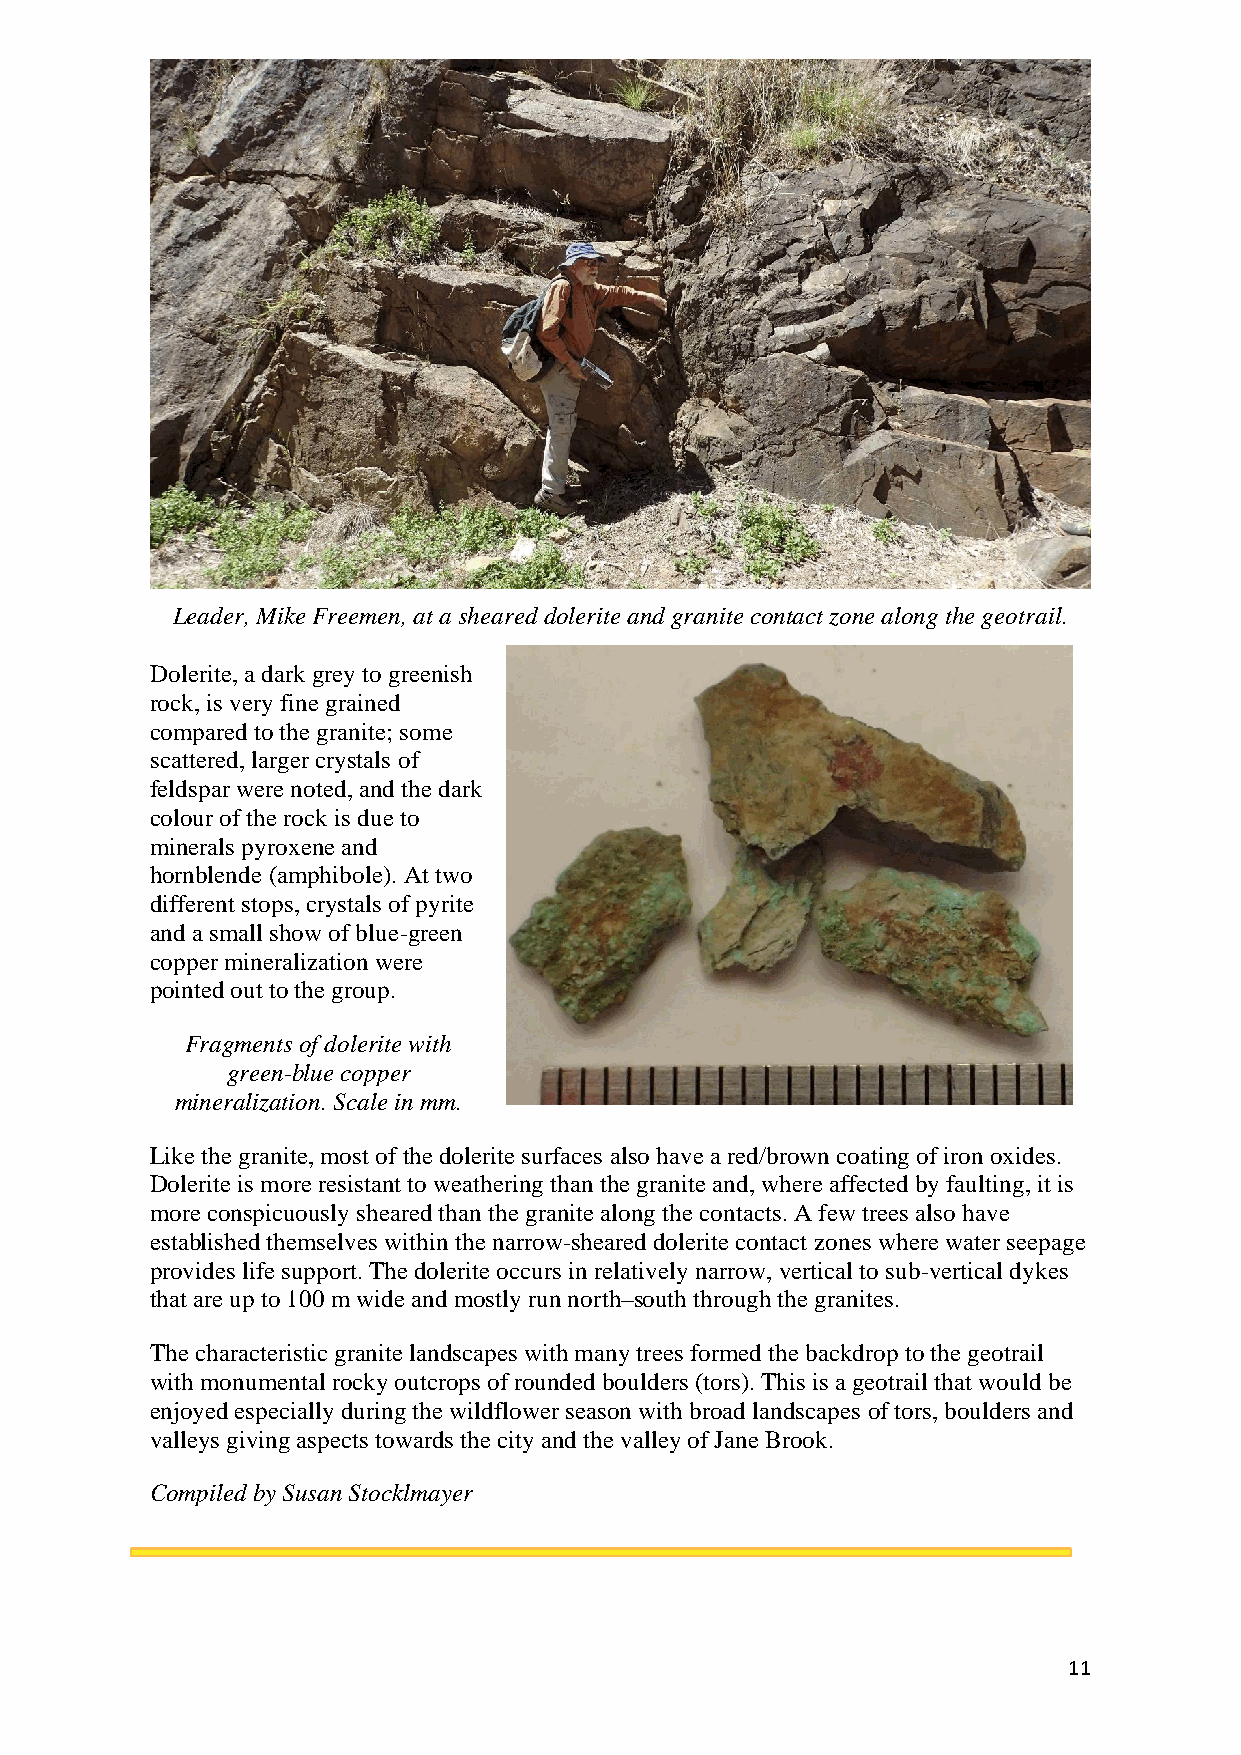
Leader, Mike Freemen, at a sheared dolerite and granite contact zone along the geotrail.
 Dolerite, a dark grey to greenish
 rock, is very fine grained
 compared to the granite; some
 scattered, larger crystals of
 feldspar were noted, and the dark
 colour of the rock is due to
 minerals pyroxene and
 hornblende (amphibole). At two
 different stops, crystals of pyrite
 and a small show of blue-green
 copper mineralization were
 pointed out to the group.
 Fragments of dolerite with
 green-blue copper
 mineralization. Scale in mm.
 Like the granite, most of the dolerite surfaces also have a red/brown coating of iron oxides.
 Dolerite is more resistant to weathering than the granite and, where affected by faulting, it is
 more conspicuously sheared than the granite along the contacts. A few trees also have
 established themselves within the narrow-sheared dolerite contact zones where water seepage
 provides life support. The dolerite occurs in relatively narrow, vertical to sub-vertical dykes
 that are up to 100 m wide and mostly run north–south through the granites.
 The characteristic granite landscapes with many trees formed the backdrop to the geotrail
 with monumental rocky outcrops of rounded boulders (tors). This is a geotrail that would be
 enjoyed especially during the wildflower season with broad landscapes of tors, boulders and
 valleys giving aspects towards the city and the valley of Jane Brook.
 Compiled by Susan Stocklmayer
 11